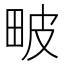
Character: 𤱍